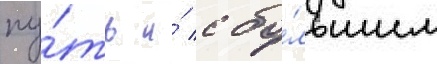
пу́ть и́ с бо́льшим